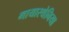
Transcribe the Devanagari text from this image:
मायास्थेनिया